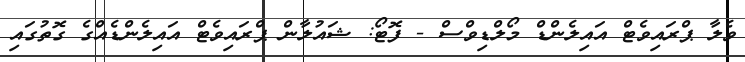
ވެލާ ޕްރައިވެޓް އައިލެންޑް މޯލްޑިވްސް - ފޮޓޯ: ޝައުލާން ޕްރައިވެޓް އައިލެންޑެއްގެ ގޮތުގައި